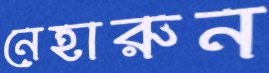
নেহারুন